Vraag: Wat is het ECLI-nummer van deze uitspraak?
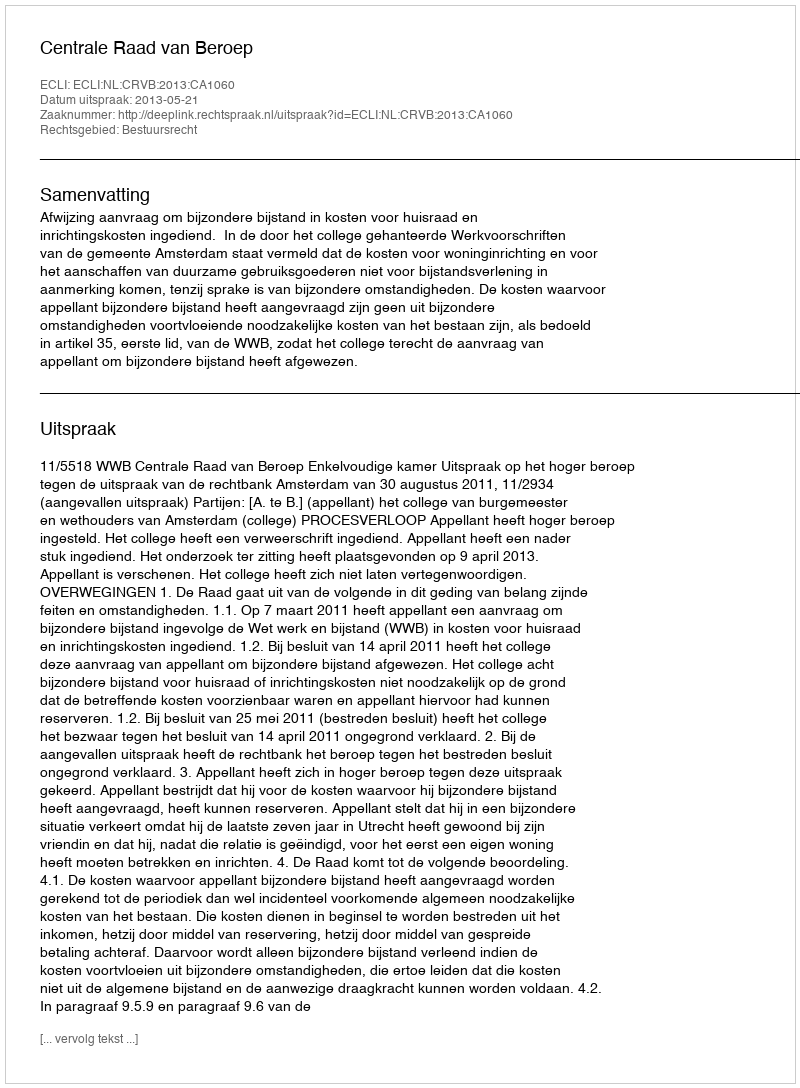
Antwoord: ECLI:NL:CRVB:2013:CA1060